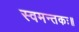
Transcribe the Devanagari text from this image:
स्वमन्तकः॥